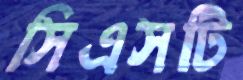
সিএসটি